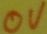
Text: 0V